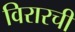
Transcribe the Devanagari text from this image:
विरारची